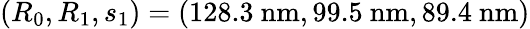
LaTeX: (R_{0},R_{1},s_{1})=(128.3\ \mathrm{nm},99.5\ \mathrm{nm},89.4\ \mathrm{nm})